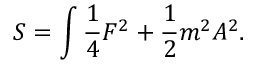
S = \int { \frac { 1 } { 4 } } F ^ { 2 } + { \frac { 1 } { 2 } } m ^ { 2 } A ^ { 2 } .